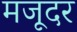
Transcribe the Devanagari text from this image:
मजूदर